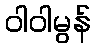
ဝါဝါမွန်